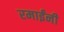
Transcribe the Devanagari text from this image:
रमाईंनी